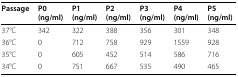
| Passage | P0(ng/ml) | P1(ng/ml) | P2(ng/ml) | P3(ng/ml) | P4(ng/ml) | P5(ng/ml) |
 | --- | --- | --- | --- | --- | --- | --- |
 | 37°C | 342 | 322 | 388 | 356 | 301 | 348 |
 | 36°C | 0 | 712 | 758 | 929 | 1559 | 928 |
 | 35°C | 0 | 605 | 452 | 514 | 586 | 716 |
 | 34°C | 0 | 751 | 667 | 535 | 490 | 465 |